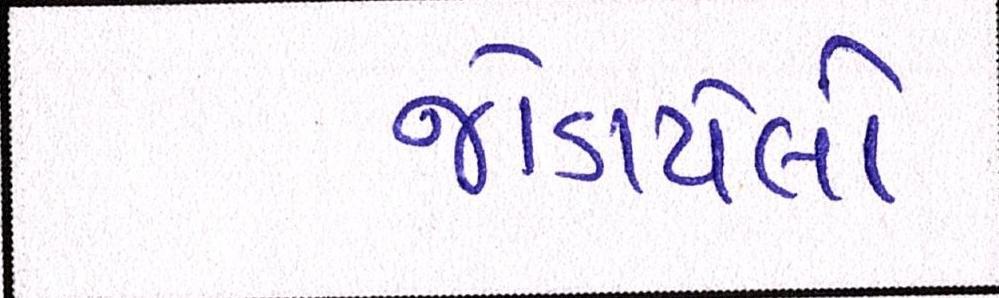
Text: જોડાયેલો